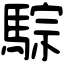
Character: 騌